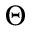
\Theta